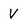
Character: V